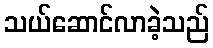
သယ်ဆောင်လာခဲ့သည်